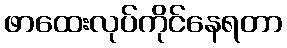
ဖာထေးလုပ်ကိုင်နေရတာ